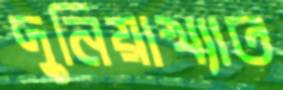
দুনিয়াখ্যাত